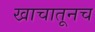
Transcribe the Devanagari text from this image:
खाचातूनच